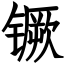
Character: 镢